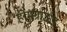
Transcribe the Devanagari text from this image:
होमग्राऊंड